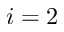
i = 2